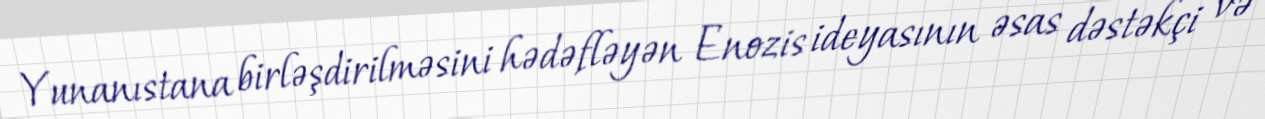
Yunanıstana birləşdirilməsini hədəfləyən Enozis ideyasının əsas dəstəkçi və